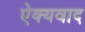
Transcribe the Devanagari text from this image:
ऐक्यवाद